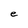
Character: e